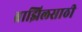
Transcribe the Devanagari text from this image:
ब्राझिलसाठी